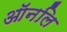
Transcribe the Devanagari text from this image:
ऑनलि